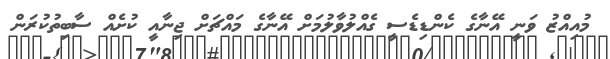
މުއިއްޒު ވަނީ އޭނާގެ ކެންޑިޑެސީ ގެއްލުވާލުމަށް އޭނާގެ މައްޗަށް ޖިނާއީ ކުށެއް ސާބިތުކުރަން